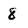
Character: 8